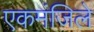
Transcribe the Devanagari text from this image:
एकमंजिले